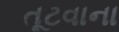
તૂટવાના